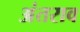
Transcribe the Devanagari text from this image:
अंतराव